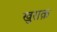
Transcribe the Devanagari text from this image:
खुराक़